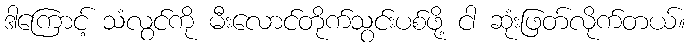
ဒါကြောင့် သံလွင်ကို မီးလောင်တိုက်သွင်းပစ်ဖို့ ငါ ဆုံးဖြတ်လိုက်တယ်။